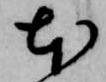
本